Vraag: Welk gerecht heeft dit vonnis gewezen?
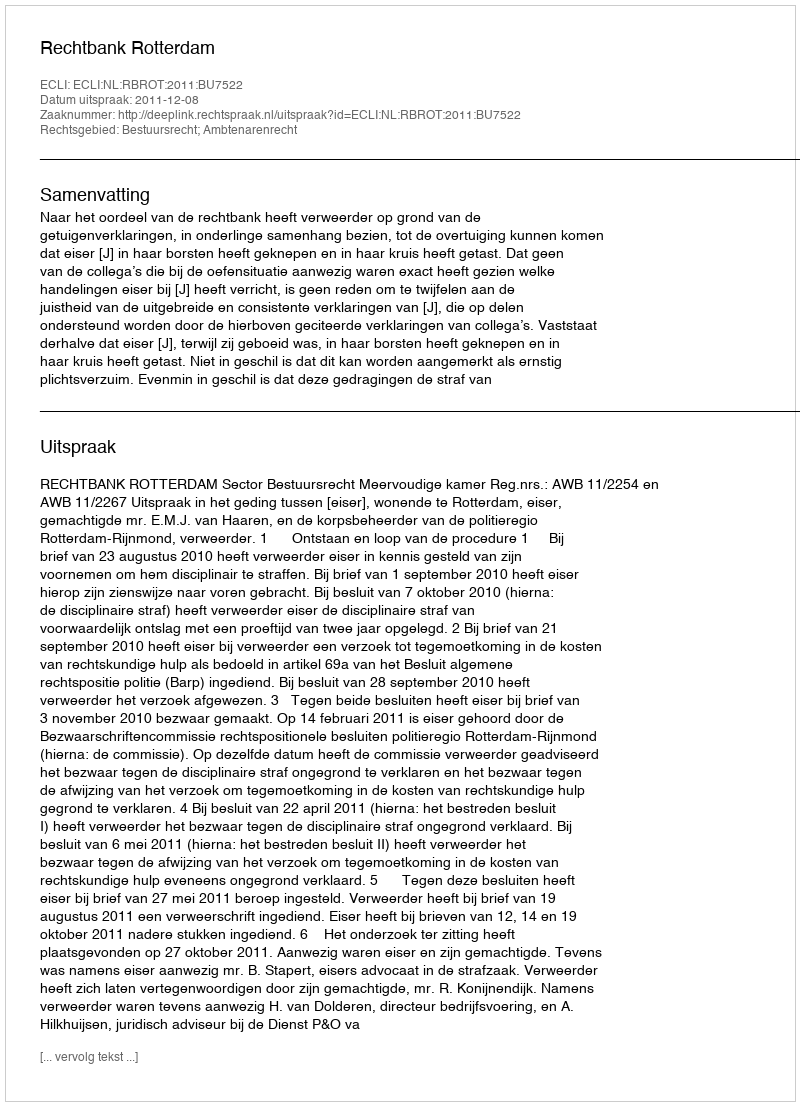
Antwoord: Rechtbank Rotterdam